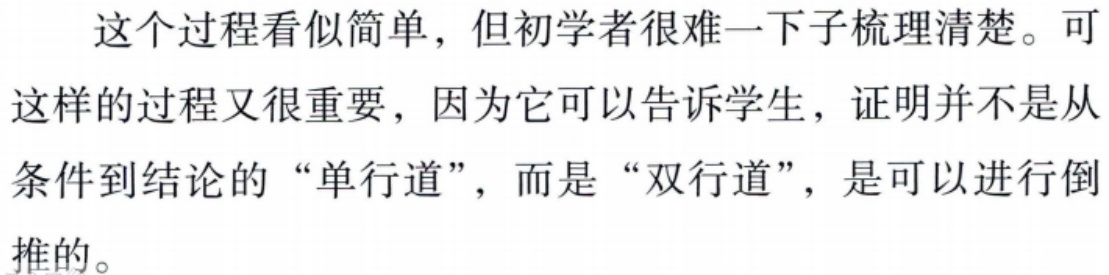
这个过程看似简单，但初学者很难一下子梳理清楚。可这样的过程又很重要，因为它可以告诉学生，证明并不是从条件到结论的“单行道”，而是“双行道”，是可以进行倒推的。